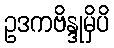
ဥဒကဗိန္ဒုမှိပိ